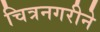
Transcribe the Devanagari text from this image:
चित्रनगरीने